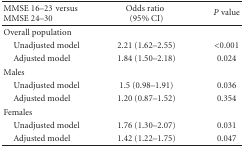
<table><thead><tr><td><b>MMSE 16–23versus MMSE 24–30</b></td><td><b>Odds ratio(95% CI)</b></td><td><b><i>P</i> value</b></td></tr></thead><tbody><tr><td>Overall population</td><td> </td><td> </td></tr><tr><td> Unadjusted model</td><td>2.21 (1.62–2.55)</td><td>&lt;0.001</td></tr><tr><td> Adjusted model</td><td>1.84 (1.50–2.18)</td><td>0.024</td></tr><tr><td>Males</td><td> </td><td> </td></tr><tr><td> Unadjusted model</td><td>1.5 (0.98–1.91)</td><td>0.036</td></tr><tr><td> Adjusted model</td><td>1.20 (0.87–1.52)</td><td>0.354</td></tr><tr><td>Females</td><td> </td><td> </td></tr><tr><td> Unadjusted model</td><td>1.76 (1.30–2.07)</td><td>0.031</td></tr><tr><td> Adjusted model</td><td>1.42 (1.22–1.75)</td><td>0.047</td></tr></tbody></table>